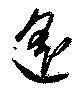
遙